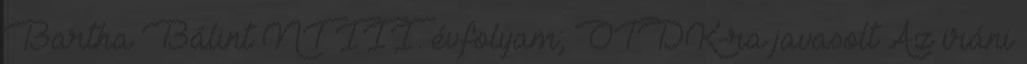
Bartha Bálint NT III. évfolyam; OTDK-ra javasolt Az iráni